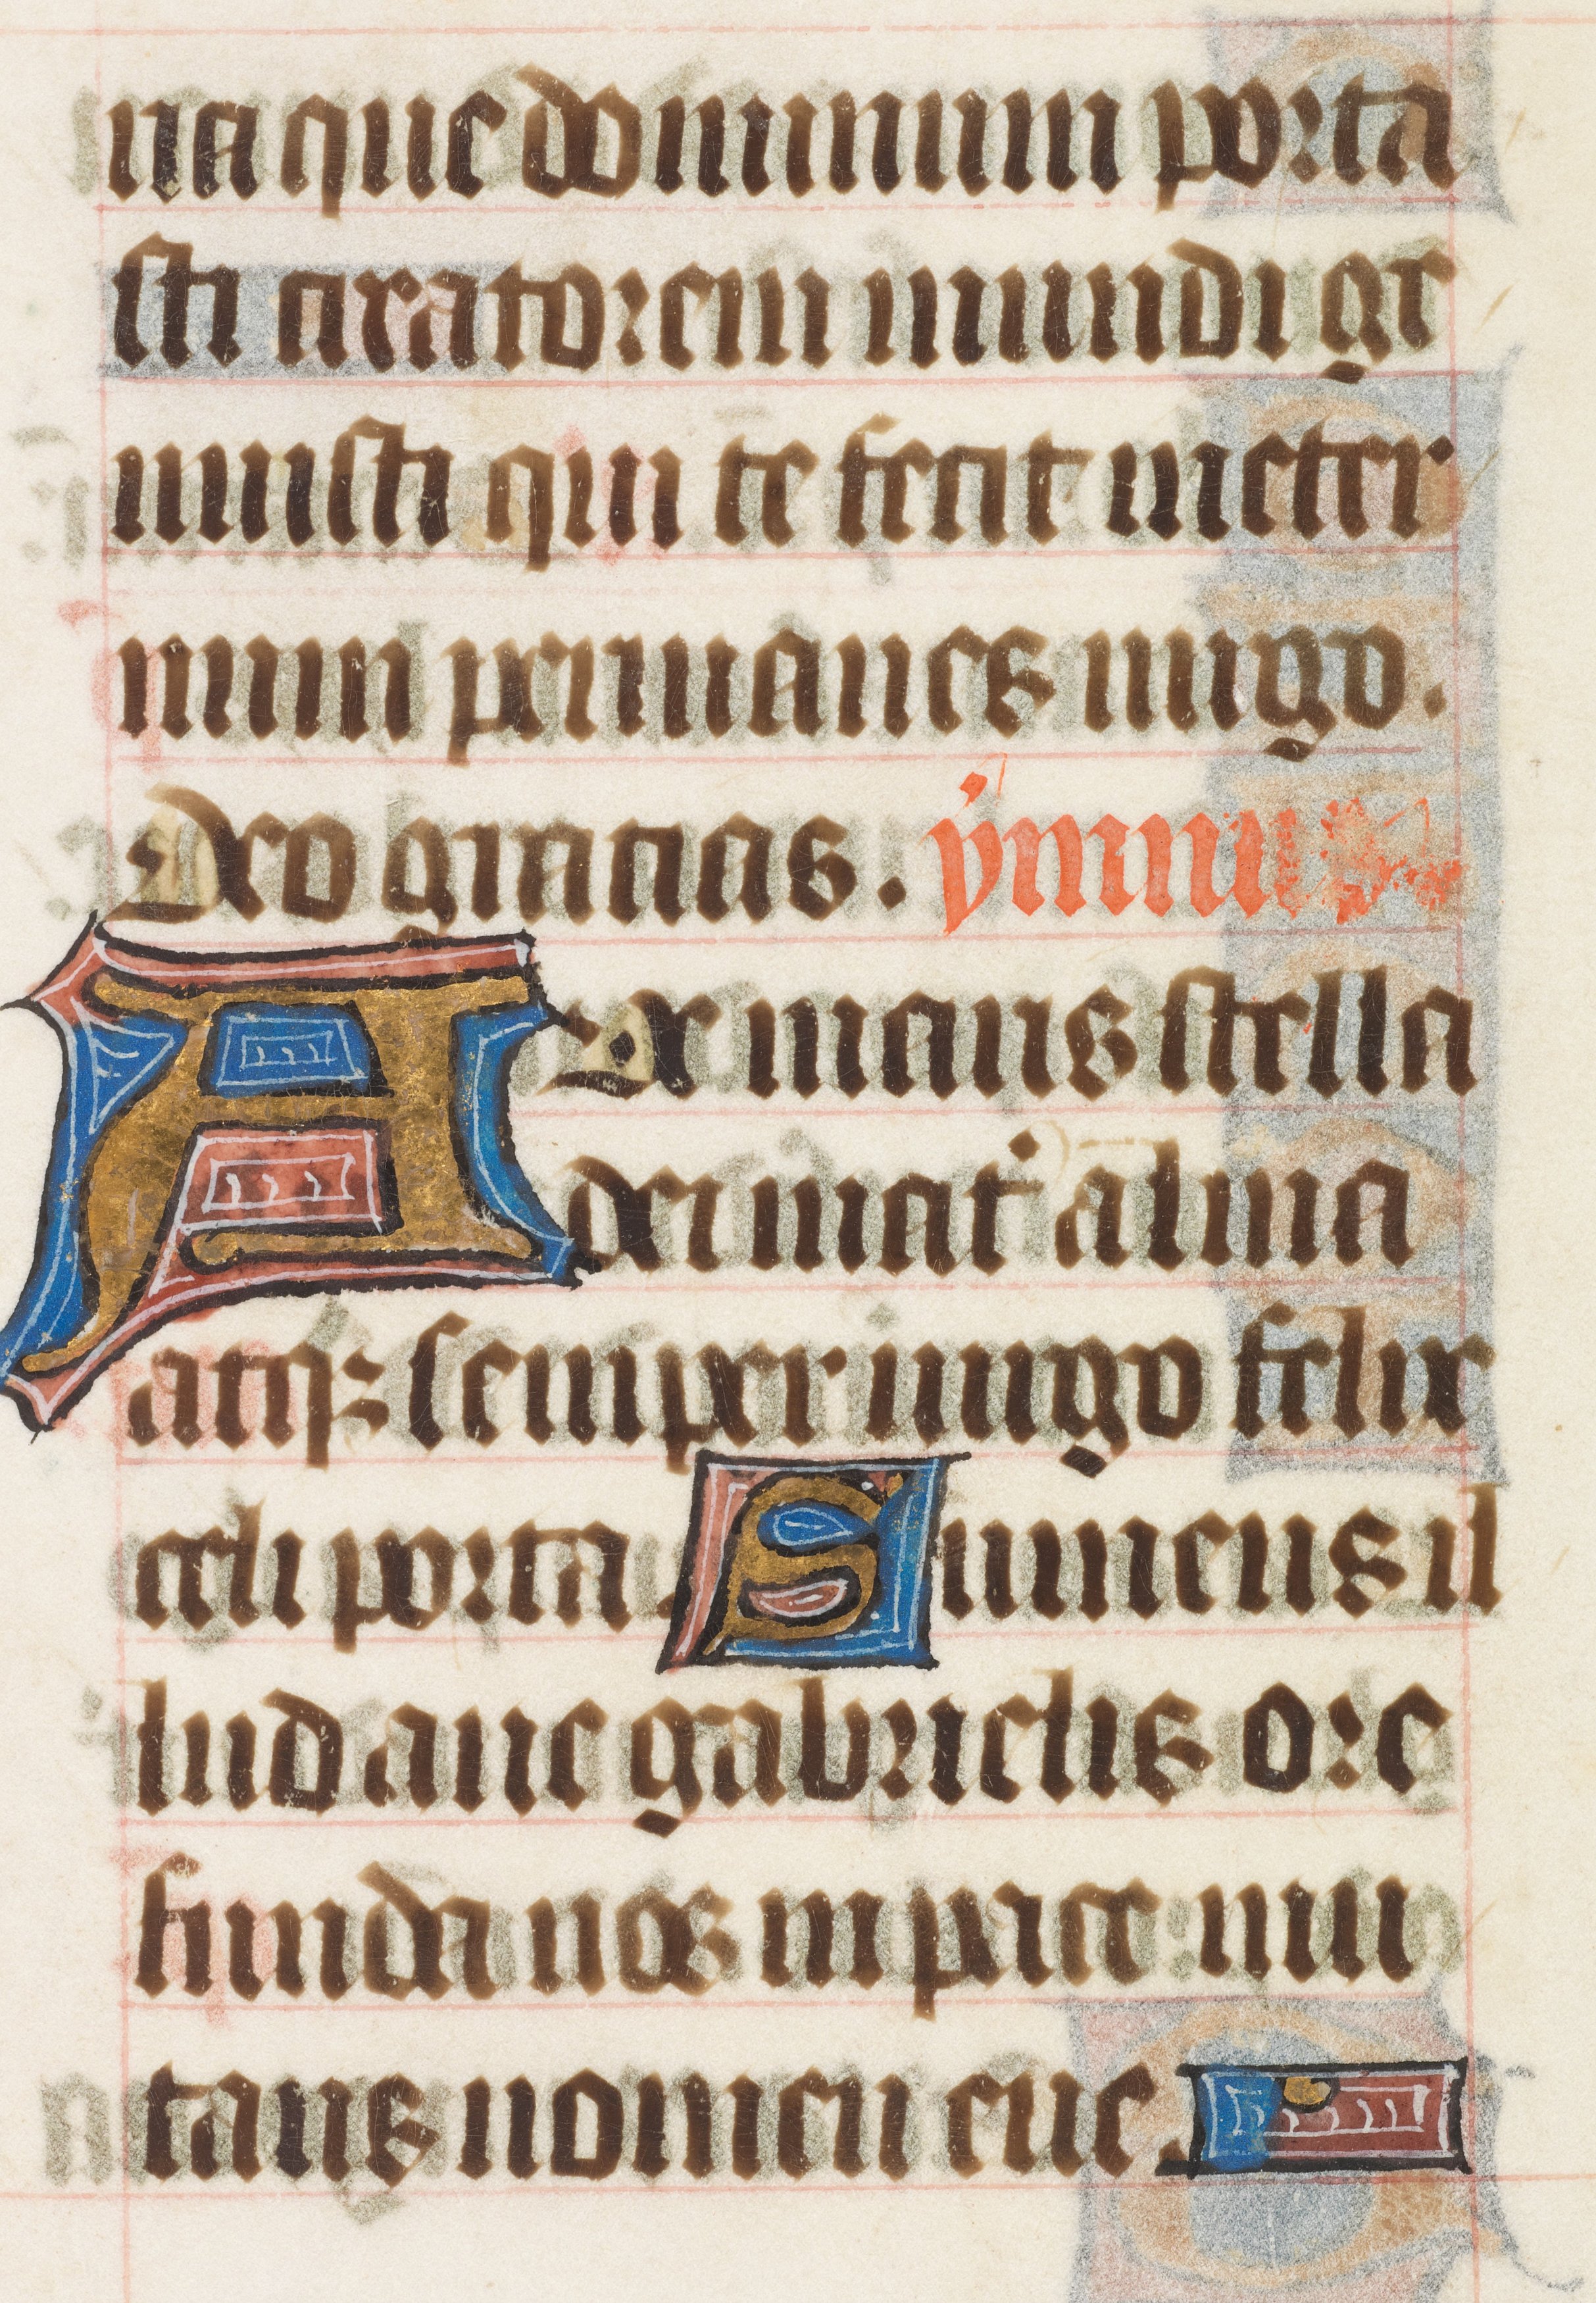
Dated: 1414–1445